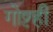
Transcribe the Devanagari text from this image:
गोष्टही